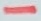
Text: -